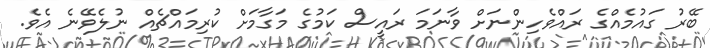
ބޭރު ގައުމެއްގެ ރައްވެހިންނަށް ވާނަމަ ރައީސް ކަމުގެ މަގާމަށް ކުރިމައްޗެއް ނުލެވޭނެ އެވެ.